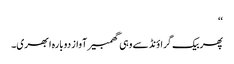
‘‘
پھر بیک گراؤنڈ سے وہی گھمبیر آواز دوبارہ ابھری۔